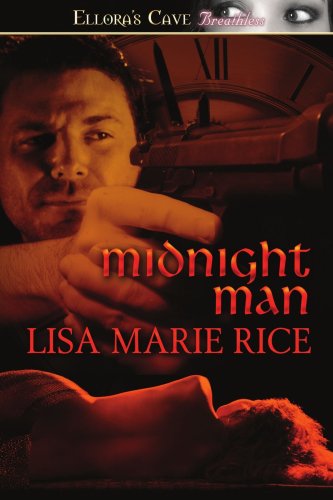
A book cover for Midnight Man (Midnight Series, Book 1); Lisa Marie Rice; Romance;